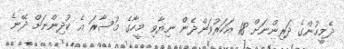
ދެމީހުންގެ ދަރިންނަށް 18 އަހަރުވަންދެން ނިޔާވި މީހާގެ މުސާރަ އެ ކުދިންނަށް ދޭނެ